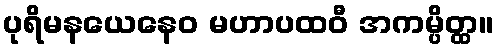
ပုရိမနယေနေဝ မဟာပထဝီ အကမ္ပိတ္ထ။